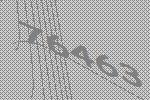
76463